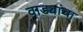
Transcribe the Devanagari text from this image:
वाड्यांचा